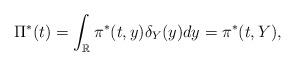
LaTeX: \begin{align*}\Pi^*(t) = \int_{\mathbb{R}}\pi^*(t,y) \delta_Y(y) dy=\pi^*(t,Y),\end{align*}